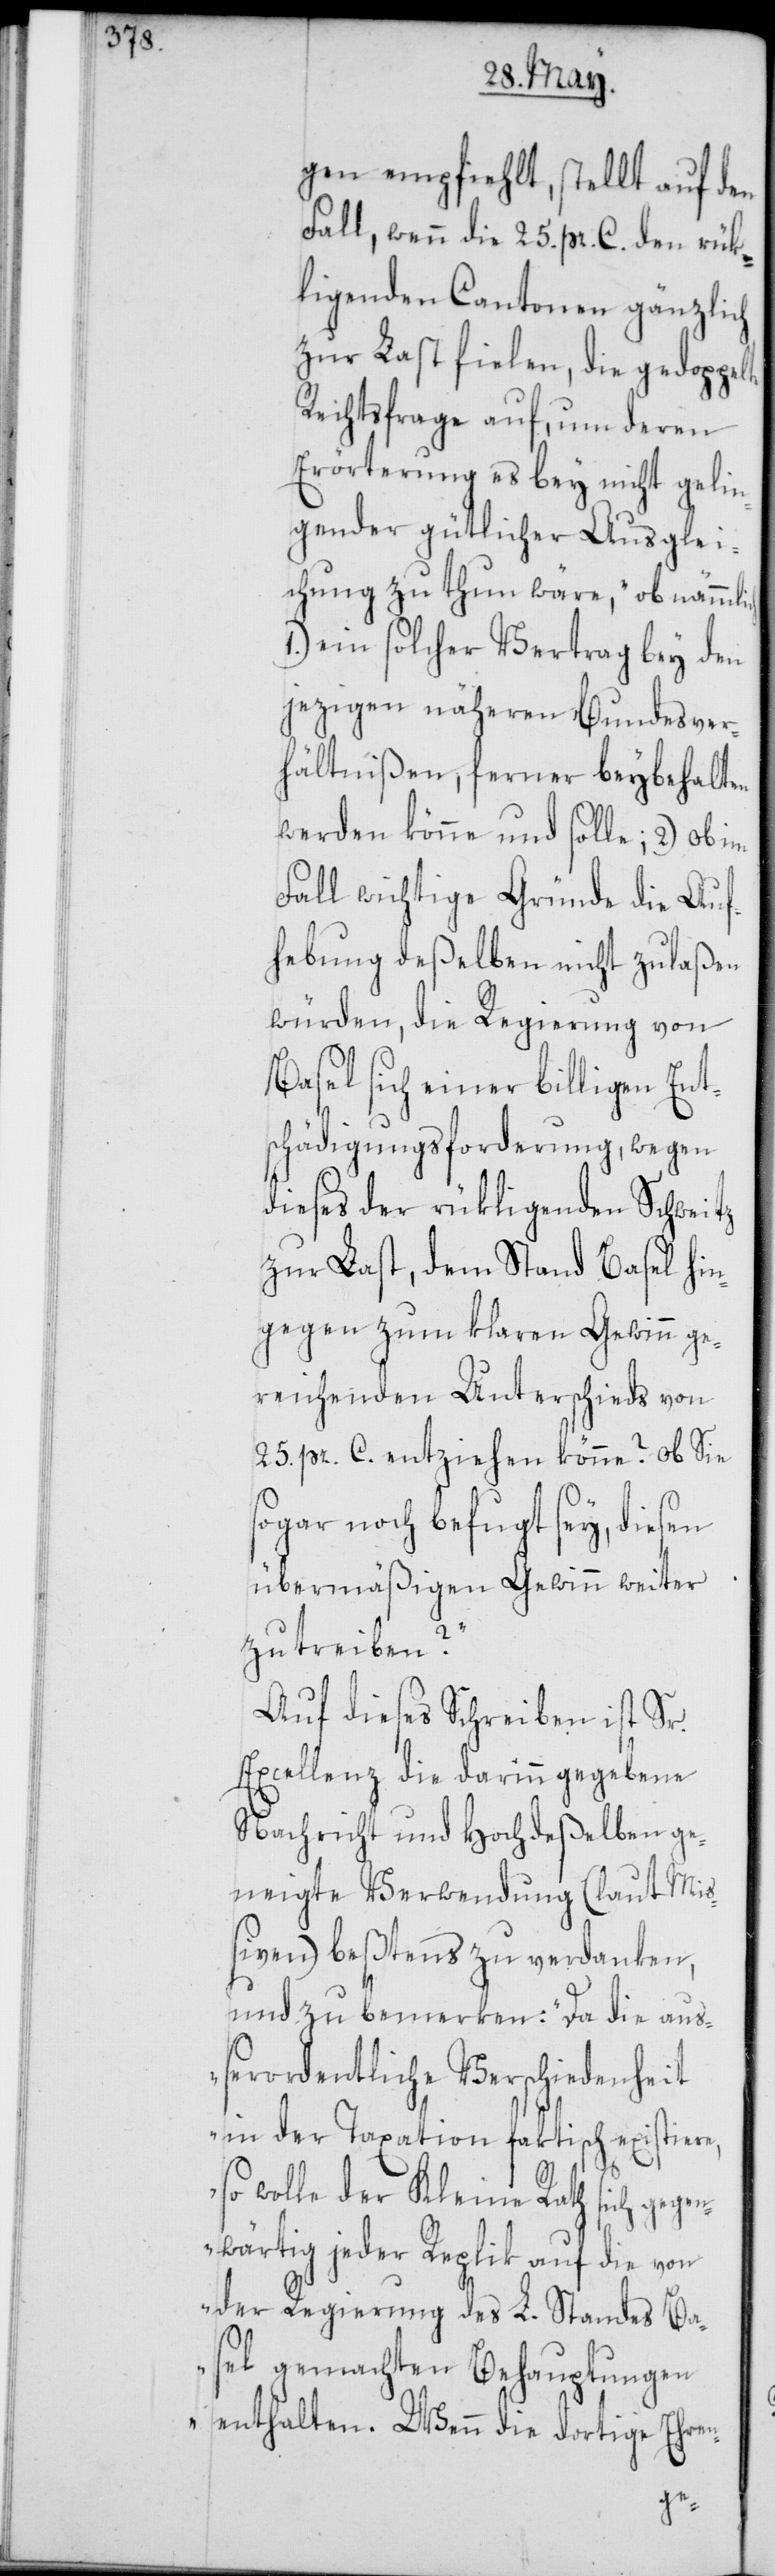
gen empfiehlt, stellt auf den
Fall, wenn die 25. pr. C. den rük¬
ligenden Cantonen gänzlich
zur Last fielen, die gedoppelte
Rechtsfrage auf, um deren
Erörterung es bey nicht gelin¬
gender gütlicher Ausglei¬
chung zu thun wäre, ob nämml¬
1.) ein solcher Vertrag bey den
jezigen näheren Bundesver¬
hältnißen, ferner beybehalten
werden könne und solle; 2.) ob im
Fall wichtige Gründe die Auf¬
hebung deßelben nicht zulaßen
würden, die Regierung von
Basel sich einer billigen Ent¬
schädigungsforderung, wegen
dieses der rükligenden Schweitz
zur Last, dem Stand Basel hin¬
gegen zum klaren Gewinn ge¬
reichenden Unterschieds von
25. pr. C. entziehen könne? ob Sie
sogar noch befugt sey, diesen
übermäßigen Gewinn weiter
zu treiben?
Auf dieses Schreiben ist Sr.
Excellenz die darinn gegebene
Nachricht und Hochdeßelben ge¬
neigte Verwendung (laut Miß¬
iven) beßtens zu verdanken,
und zu bemerken: „Da die auß¬
erordentliche Verschiedenheit
in der Taxation faktisch existiere,
so wolle der Kleine Rath sich gegen¬
wärtig jeder Replik auf die von
der Regierung des L. Standes Ba¬
sel gemachten Behauptungen
enthalten. Wenn die dortige Ehren-
ich